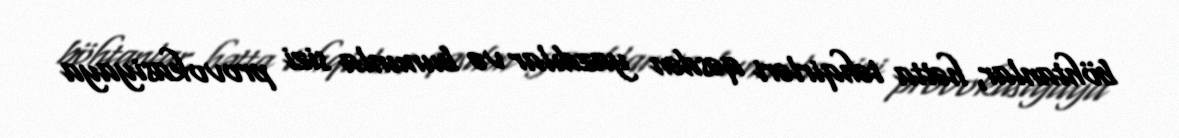
böhtanlar, hətta təhqirləri qəsdən yazdılar və bununla sizi provokasiyaya